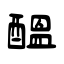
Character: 醞